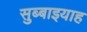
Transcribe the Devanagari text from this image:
सुब्बाइयाह